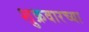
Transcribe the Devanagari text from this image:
शुक्रवारच्या